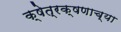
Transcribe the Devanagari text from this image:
क्षेत्रक्षणाच्या